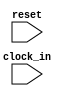
module PC(
    input clock_in,
	 input reset,
    );


endmodule